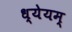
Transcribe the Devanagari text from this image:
ध्येयम्‌